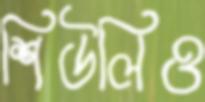
শিউলিও